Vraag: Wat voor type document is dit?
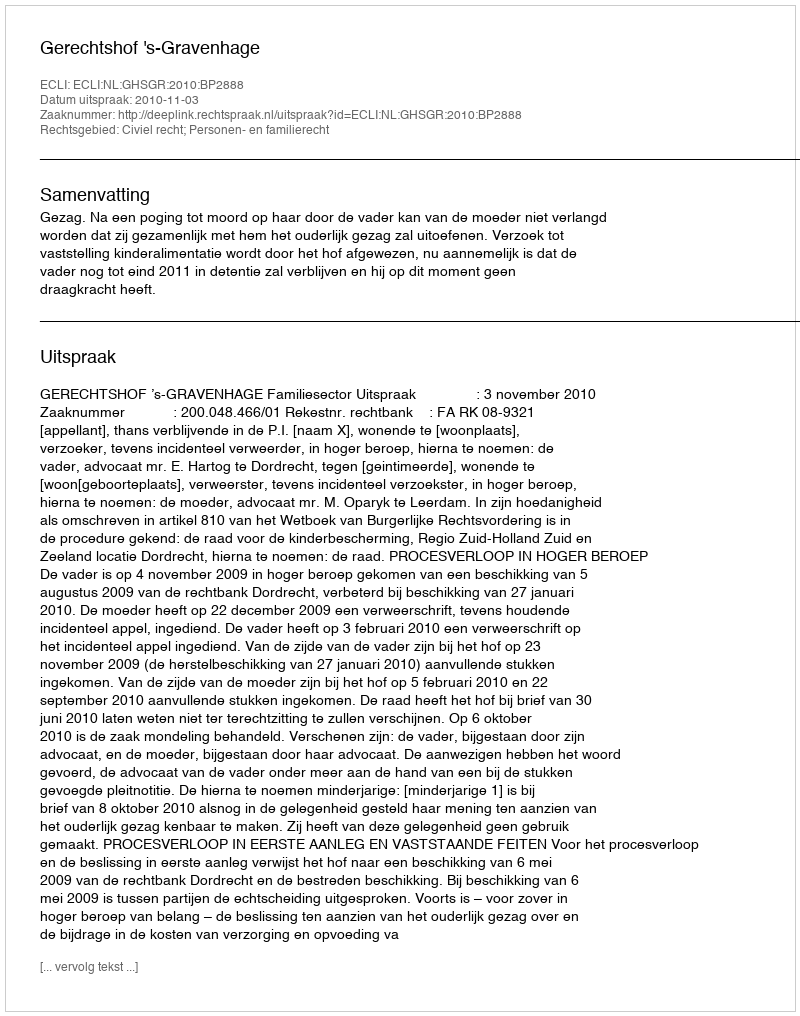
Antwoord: Uitspraak